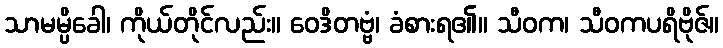
သာမမ္ပိခေါ၊ ကိုယ်တိုင်လည်း။ ဝေဒိတဗ္ဗံ၊ ခံစားရ၏။ သီဝက၊ သီဝကပရိဗိုဇ်။